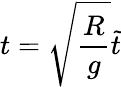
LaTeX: t=\sqrt{\frac{R}{g}}\tilde{t}